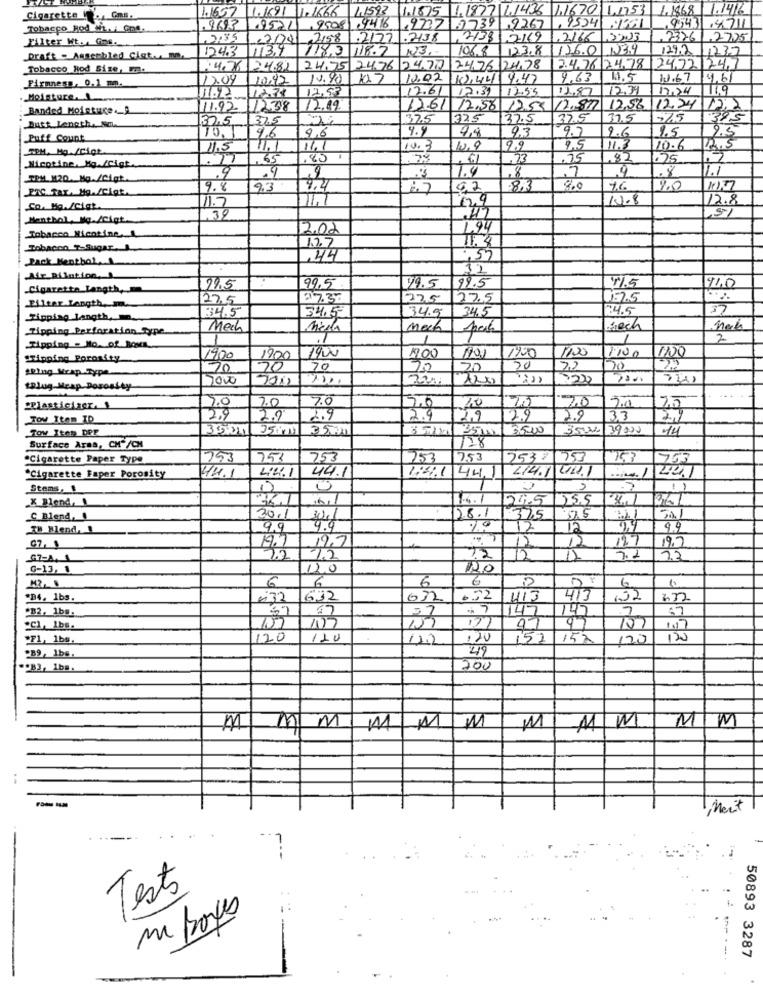
11667
1.1691 1. 1666
1.1875 1.1877 1,1436 1,1670 1.1753 1.1868 1.1416
Cigarette !by Gns.
41593
Tobacco Rod Ni./ One.
.963
.9521,99081
3216 9737
2739 ,9267
1.9534161
95431 .4711
Filter Wt. Gos.
2158 .2177 .2138
2133 12169 , 2166 ,2203
73261.2725
124.3
118.3 118.7 N3.
106.8
123.8 126.0 .1234
129.2
1737
Draft - Assembled Clat. m.
Tobacco Hod Size, m.
14.76
24.81
24.75 24.76 24.77 24,76 24,78
2.4.76 24.78
2472/24
12.09
10.42
1.40
10.02 10.44 4.47
4.63 11.5
1.67 4.61
Firmness, 0,1 mm.
1.2
2,83
12.61 12:39 12.55
12.87
12.39
17.24
11.9
Moisture.
12.78
Banded Moisture ._
1.92
12.38
12.89
12.61 12.56 12.55 12.877 12,56
12.24/12,2
32.5
325
37.5
325
37.5
37.5
37.5
5%5
1375
4.5
4,8
9.3
9.7
2.6
1.5
Puff Count
10.1
46
96
2.5
TPM, Mg /rigt
11.5
11.1
11.
10.3
10.9
99
9.5
11.3
10.6
12.5
Nicotine, Mg./Cigt.
,65
80
.73
,75
,8
75
.9
1.4
.1
TEM M20 Mg./Cigt.
.
,8
.8
ETC.Tar. Ma./Cigt.
9.8
9.3
9.2
27
02
8H
20
16
10
11.1
129
10.8
12.8
Co. Ma./Cigk.
11.7
5-1
Menthol Mg./Cigt.
,39
2.02
494
Tobacco Nicotine
11. 4
Tobacco T-Sugar ...
1.7.7
Back Hentbol,
,44
12
Afr Bilation.
99.5
199.5
Cigarette Langth,
19.5
29.5
41.5
110
27.5
37.37
225
27.5
1.2.5
Filter Length, m.
34.5
34.5
34.5
4.5
37
Tipping length,
34,5
Tipping Perforation_Type
Mech
brech
1
1
2
Ripping - No. of Boks
1200
1100
"Tipping Porosity
1900
1800
1900
100
120
1100
ARlug Mrap Type
20
20
70
20
20
2.2
20
7000
520
tPlug-Meap Dorostty
20
Plasticiser. 1
2.0
7.0
10
25
TOw Item ID
2.9
2.0
2.9
2.9
2.9
2.9
2.9
3,3
TOW Item DPF
3524
3500
35.00
35-36/39000
14
Surface Area, CH"/CM
128
"Cigarette Paper Type
753
253
753
253
17.53
253= 1753
1753
44.1
1211 44
414.1 UNI.I
401
"Cigarette Faper Porosity
44.1
Stems,
/1
X Blend,
16
1.4.1
24.5
125.5
4.1
C. Blend,
30.1
28.1
37.5
32.5
38 Blend, 1
9.9
70
99
19.7
12.7
19.7
19.1
2.2
12
G7-A, 1
1.2
12
12
7.2
32
G-13, 1
120
20
6
6
OF
6
6
6
*B4, 1bs.
032
632
632
6.52
413
413
102
*B2, 1bs.
77
57
147
147
7
"Cl ,_ lbs.
AT
"F1, 1bs.
120
120
11.2
152
15%
120
120
49
.89, 1bs.
."B3, 1bs.
200
MM
M
MM
MM
MI
AM
ment
Tests
mi poyes
50893 3287